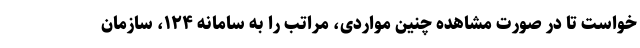
خواست تا در صورت مشاهده چنین مواردی، مراتب را به سامانه ۱۲۴، سازمان